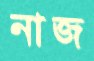
নাজ